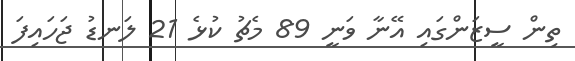
ތިން ސީޒަންގައި އޭނާ ވަނީ 89 މެޗު ކުޅެ 21 ލަނޑު ޖަހައިފަ